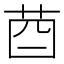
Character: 𦮄